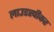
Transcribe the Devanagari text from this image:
लाउडस्‍पीकर